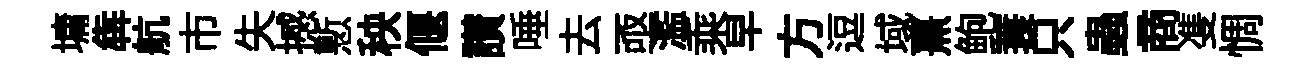
墉犇航市失撼慙秧偃讃唾去亟濫乘早方逗域熹鲍蓑只蟲商㕠惆